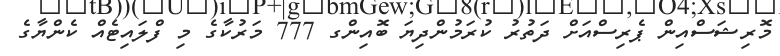
މޮރިޝަސްއިން ޕެރިސްއަށް ދަތުރު ކުރަމުންދިޔަ ބޮއިންގ 777 މަރުކާގެ މި ފްލައިޓެއް ކެންޔާގެ